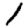
Digit: 1